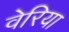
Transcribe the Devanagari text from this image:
वेरिया